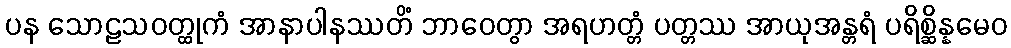
ပန သောဠသဝတ္ထုကံ အာနာပါနဿတိံ ဘာဝေတွာ အရဟတ္တံ ပတ္တဿ အာယုအန္တရံ ပရိစ္ဆိန္နမေဝ